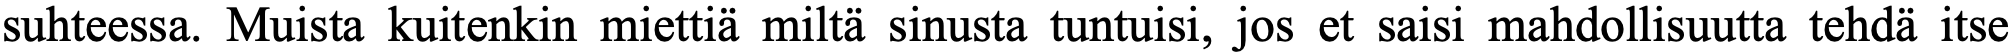
suhteessa. Muista kuitenkin miettiä miltä sinusta tuntuisi, jos et saisi mahdollisuutta tehdä itse